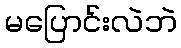
မပြောင်းလဲဘဲ